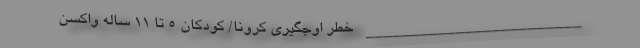
________________________ خطر اوجگیری کرونا/ کودکان ۵ تا ۱۱ ساله واکسن